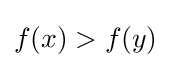
f\!\left(x\right)>f\!\left(y\right)